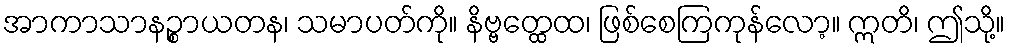
အာကာသာနဉ္စာယတန၊ သမာပတ်ကို။ နိဗ္ဗတ္ထေထ၊ ဖြစ်စေကြကုန်လော့။ ဣတိ၊ ဤသို့။